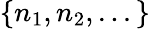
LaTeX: \{ n_{1},n_{2},...\}